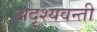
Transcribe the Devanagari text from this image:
अदृश्यवन्ती